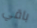
باقي